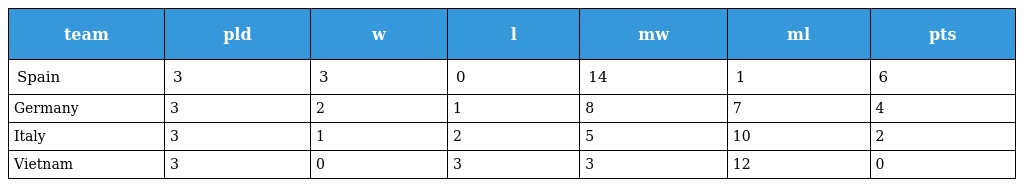
| team | pld | w | l | mw | ml | pts |
 | --- | --- | --- | --- | --- | --- | --- |
 | Spain | 3 | 3 | 0 | 14 | 1 | 6 |
 | Germany | 3 | 2 | 1 | 8 | 7 | 4 |
 | Italy | 3 | 1 | 2 | 5 | 10 | 2 |
 | Vietnam | 3 | 0 | 3 | 3 | 12 | 0 |